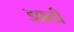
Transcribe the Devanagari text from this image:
इक्कठी